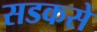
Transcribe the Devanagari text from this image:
सडकसे